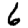
Digit: 6